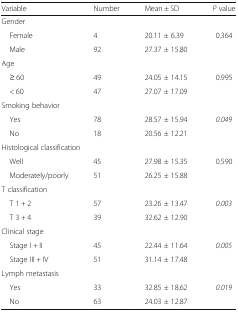
<table><thead><tr><td><b>Variable</b></td><td><b>Number</b></td><td><b>Mean ± SD</b></td><td><b><i>P</i> value</b></td></tr></thead><tbody><tr><td colspan="4">Gender</td></tr><tr><td> Female</td><td>4</td><td>20.11 ± 6.39</td><td rowspan="2">0.364</td></tr><tr><td> Male</td><td>92</td><td>27.37 ± 15.80</td></tr><tr><td colspan="4">Age</td></tr><tr><td> ≥ 60</td><td>49</td><td>24.05 ± 14.15</td><td rowspan="2">0.995</td></tr><tr><td> &lt; 60</td><td>47</td><td>27.07 ± 17.09</td></tr><tr><td colspan="4">Smoking behavior</td></tr><tr><td> Yes</td><td>78</td><td>28.57 ± 15.94</td><td rowspan="2"><i>0.049</i></td></tr><tr><td> No</td><td>18</td><td>20.56 ± 12.21</td></tr><tr><td colspan="4">Histological classification</td></tr><tr><td> Well</td><td>45</td><td>27.98 ± 15.35</td><td rowspan="2">0.590</td></tr><tr><td> Moderately/poorly</td><td>51</td><td>26.25 ± 15.88</td></tr><tr><td colspan="4">T classification</td></tr><tr><td> T 1 + 2</td><td>57</td><td>23.26 ± 13.47</td><td rowspan="2"><i>0.003</i></td></tr><tr><td> T 3 + 4</td><td>39</td><td>32.62 ± 12.90</td></tr><tr><td colspan="4">Clinical stage</td></tr><tr><td> Stage I + II</td><td>45</td><td>22.44 ± 11.64</td><td><i>0.005</i></td></tr><tr><td> Stage III + IV</td><td>51</td><td>31.14 ± 17.48</td><td></td></tr><tr><td colspan="4">Lymph metastasis</td></tr><tr><td> Yes</td><td>33</td><td>32.85 ± 18.62</td><td rowspan="2"><i>0.019</i></td></tr><tr><td> No</td><td>63</td><td>24.03 ± 12.87</td></tr></tbody></table>